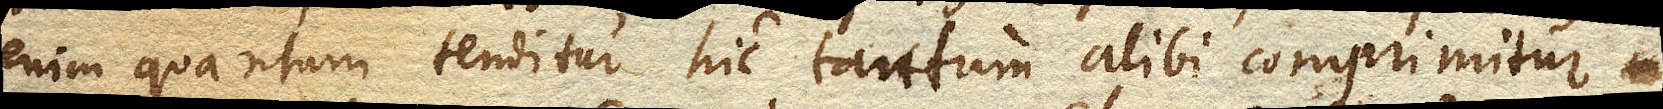
enim quantum tenditur hic tantum alibi comprimitur.